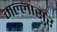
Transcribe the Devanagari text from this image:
मल्लासुर